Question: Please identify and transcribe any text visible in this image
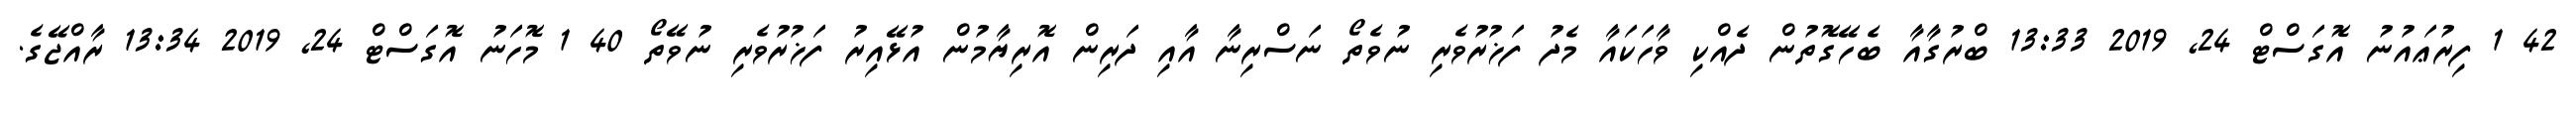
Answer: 42 1 ފިރުޢައުނު އޮގަސްޓް 24, 2019 13:33 ބްރުގާއާ ބެހޭގޮތުން ދެއްކި ވާހަކައާ މެދު ފަޚުރުވެރި ނުވެތޯ ނަސްރިނާ އާއި ދަރިން އޮރިޔާމުން އުޅޭއިރު ފަޚުރުވެރި ނުވޭތޯ 40 1 މޮހަނު އޮގަސްޓް 24, 2019 13:34 ރާއްޖޭގެ.